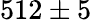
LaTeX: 512\pm 5